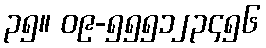
၃၅။ ၀၉-၅၅၅၁၂၃၄၅၆